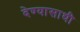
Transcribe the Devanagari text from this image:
देण्यासाथी